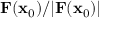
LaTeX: \mathbf { F } ( \mathbf { x } _ { \mathrm { 0 } } ) / | \mathbf { F } ( \mathbf { x } _ { \mathrm { 0 } } ) |